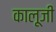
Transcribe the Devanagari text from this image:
कालूजी